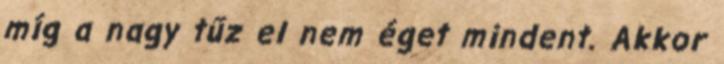
míg a nagy tűz el nem éget mindent. Akkor